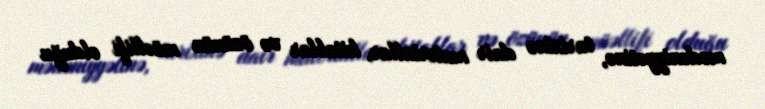
mədəniyyətinə, tarixinə dair materiallar, kitablar və özünün müəllifi olduğu